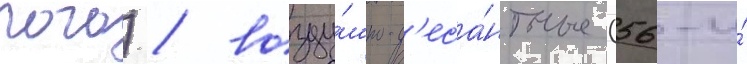
пого) / возду́шно-д'еса́нтные (56-и́